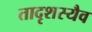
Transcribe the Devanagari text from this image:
तादृशस्यैव